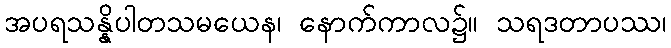
အပရသန္နိပါတသမယေန၊ နောက်ကာလ၌။ သရဒတာပဿ၊